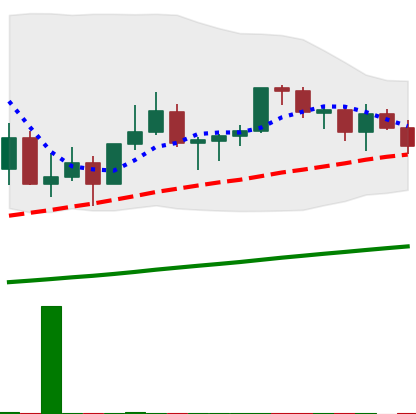
Ticker: LINK-USD
Chart end date: 2021-03-15
Forward return: 7.948%
Label: up_7plus